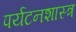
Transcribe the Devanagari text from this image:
पर्यटनशास्त्र